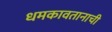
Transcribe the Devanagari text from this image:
धमकावतानाची